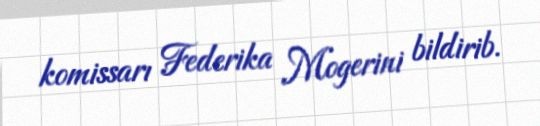
komissarı Federika Mogerini bildirib.